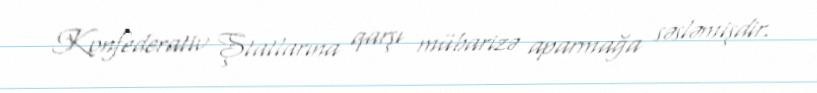
Konfederativ Ştatlarına qarşı mübarizə aparmağa səsləmişdir.